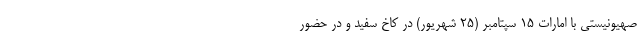
صهیونیستی با امارات ۱۵ سپتامبر (۲۵ شهریور) در کاخ سفید و در حضور